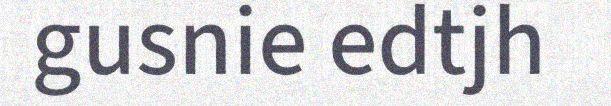
gusnie edtjh